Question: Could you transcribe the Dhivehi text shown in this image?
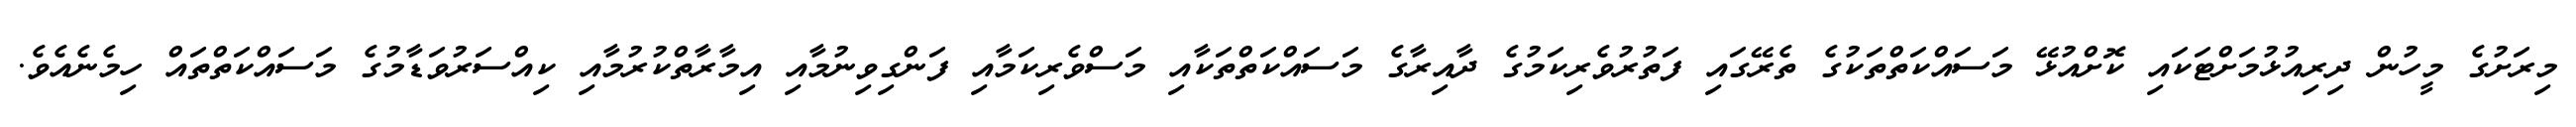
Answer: މިރަށުގެ މީހުން ދިރިއުޅުމަށްޓަކައި ކޮށްއުޅޭ މަސައްކަތްތަކުގެ ތެރޭގައި ފަތުރުވެރިކަމުގެ ދާއިރާގެ މަސައްކަތްތަކާއި މަސްވެރިކަމާއި ފަންގިވިނުމާއި އިމާރާތްކުރުމާއި ކިއްސަރުވަޑާމުގެ މަސައްކަތްތައް ހިމެނެއެވެ.